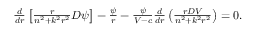
\begin{array} { r } { \frac { d } { d r } \left[ \frac { r } { n ^ { 2 } + k ^ { 2 } r ^ { 2 } } D \psi \right] - \frac { \psi } { r } - \frac { \psi } { V - c } \frac { d } { d r } \left( \frac { r D V } { n ^ { 2 } + k ^ { 2 } r ^ { 2 } } \right) = 0 . } \end{array}